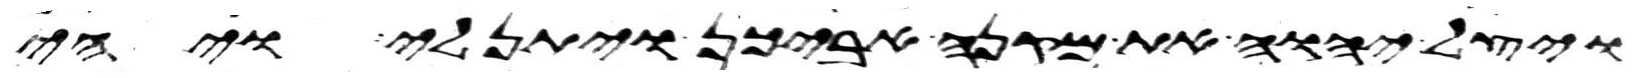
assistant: ויצל יהוה את מקנה אביכן ויתן לי ויהי